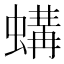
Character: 𱿼